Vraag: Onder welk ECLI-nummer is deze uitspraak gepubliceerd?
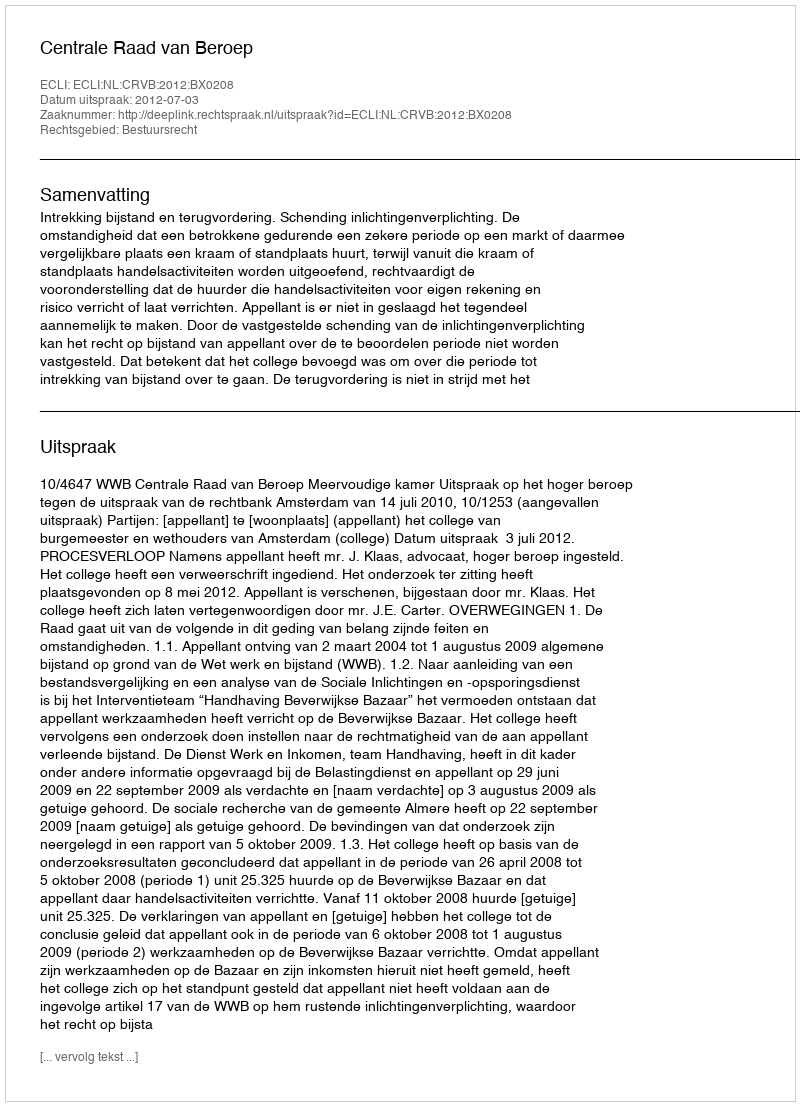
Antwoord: ECLI:NL:CRVB:2012:BX0208